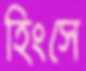
হিংসে